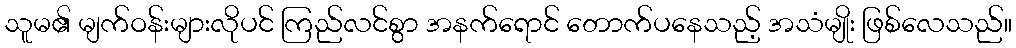
သူမ၏ မျက်ဝန်းများလိုပင် ကြည်လင်စွာ အနက်ရောင် တောက်ပနေသည့် အသံမျိုး ဖြစ်လေသည်။